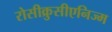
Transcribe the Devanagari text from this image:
रोसीक्रुसीएनिज्म